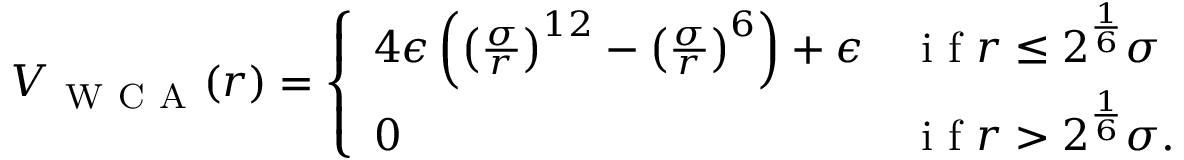
\begin{array} { r } { V _ { \mathrm { ~ W ~ C ~ A ~ } } ( r ) = \left\{ \begin{array} { l l } { 4 \epsilon \left( \left( \frac { \sigma } { r } \right) ^ { 1 2 } - \left( \frac { \sigma } { r } \right) ^ { 6 } \right) + \epsilon } & { \mathrm { ~ i ~ f ~ } r \leq 2 ^ { \frac { 1 } { 6 } } \sigma } \\ { 0 } & { \mathrm { ~ i ~ f ~ } r > 2 ^ { \frac { 1 } { 6 } } \sigma . } \end{array} \right. } \end{array}